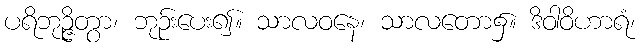
ပရိဘုဉ္ဇိတွာ၊ ဘုဉ်းပေး၍။ သာလဝနေ၊ သာလတော၌။ ဒိဝါဝိဟာရံ၊